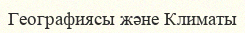
Географиясы және Климаты